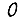
Digit: 0